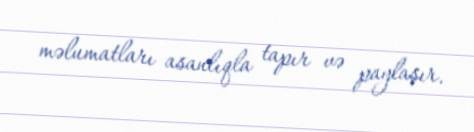
məlumatları asanlıqla tapır və paylaşır.